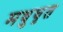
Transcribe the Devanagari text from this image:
मधुघृत